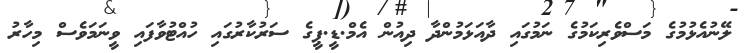
ލޭނުއެޅުމުގެ މަސްވެރިކަމުގެ ނަމުގައި ދާއަޅަމުންދާ ދިއުން އެމް.ޑީ.ޕީގެ ސަރުކާރުގައި ހުއްޓުވާފައި ވީނަމަވެސް މިހާރު